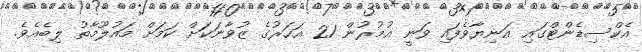
އެކްސިޑެންޓްގައި އަނިޔާވެފައި ވަނީ އުމުރުން 21 އަހަރުގެ ޒުވާނަކަށް ކަމަށް މައުލޫމާތު ލިބެއެވެ.